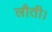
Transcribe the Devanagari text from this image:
लौती।